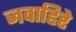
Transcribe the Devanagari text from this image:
जवाहिरे